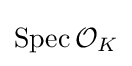
\operatorname {Spec} {\mathcal {O}}_{K}